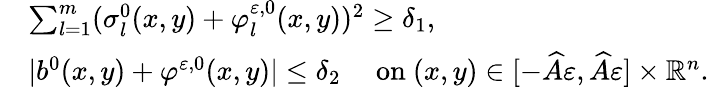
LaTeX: \begin{array}{rl}&{\sum_{l=1}^{m}(\sigma_{l}^{0}(x,y)+\varphi_{l}^{\varepsilon,0}(x,y))^{2}\geq\delta_{1},}\\ &{|b^{0}(x,y)+\varphi^{\varepsilon,0}(x,y)|\leq\delta_{2}\quad\mathrm{~on~}(x,y)\in[-\widehat A\varepsilon,\widehat A\varepsilon]\times\mathbb{R}^{n}.}\end{array}